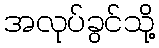
အလုပ်ခွင်သို့